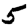
Digit: 5